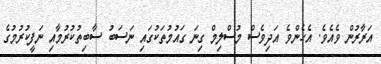
އަރާރުން ވެއެވެ. އެހެންވެ އަދިވެސް މުސްލިމް ގިނަ ގައުމުތަކުގައި ނަސަބު ސާބިތުކުރުމާއި ނަފީކުރުމުގެ